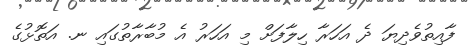
ފާއިތުވެދިޔަ ދެ އަހަރާ ހިލާފަށް މި އަހަރު އެ މުބާރާތުގައި ނ. އަތޮޅުގެ